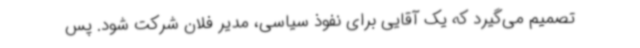
تصمیم می‌گیرد که یک آقایی برای نفوذ سیاسی، مدیر فلان شرکت شود. پس